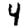
Digit: 4